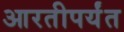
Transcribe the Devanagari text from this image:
आरतीपर्यंत